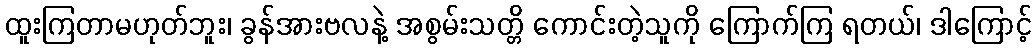
ထူးကြတာမဟုတ်ဘူး၊ ခွန်အားဗလနဲ့ အစွမ်းသတ္တိ ကောင်းတဲ့သူကို ကြောက်ကြ ရတယ်၊ ဒါကြောင့်